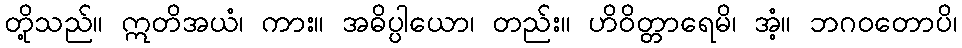
တို့သည်။ ဣတိအယံ၊ ကား။ အဓိပ္ပါယော၊ တည်း။ ဟိဝိတ္တာရေမိ၊ အံ့။ ဘဂဝတောပိ၊